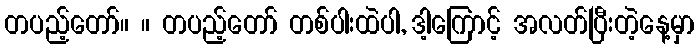
တပည့်တော်။ ။ တပည့်တော် တစ်ပါးထဲပါ, ဒါ့ကြောင့် အလတ်ပြီးတဲ့နေ့မှာ